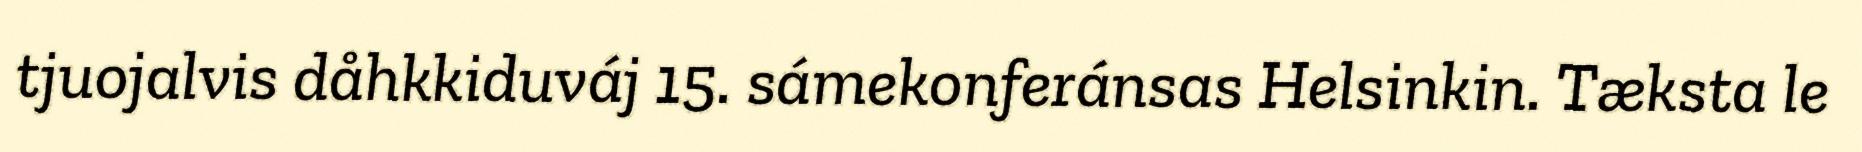
tjuojalvis dåhkkiduváj 15. sámekonferánsas Helsinkin. Tæksta le